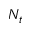
N _ { t }